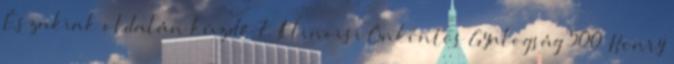
Északiak oldalán küzdő 7. Illinoisi Önkéntes Gyalogság 500 Henry